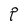
Character: P